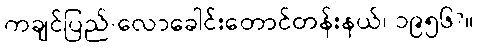
ကချင်ပြည်-လောခေါင်းတောင်တန်းနယ်၊ ၁၉၅၆?။